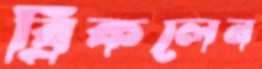
ব্রিকলেন